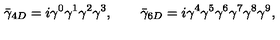
\bar { \gamma } _ { 4 D } = i \gamma ^ { 0 } \gamma ^ { 1 } \gamma ^ { 2 } \gamma ^ { 3 } , \qquad \bar { \gamma } _ { 6 D } = i \gamma ^ { 4 } \gamma ^ { 5 } \gamma ^ { 6 } \gamma ^ { 7 } \gamma ^ { 8 } \gamma ^ { 9 } ,